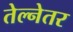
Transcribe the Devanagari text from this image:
तेल्नेतर